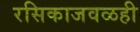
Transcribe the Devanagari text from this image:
रसिकाजवळही